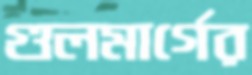
গুলমার্গের